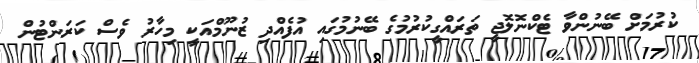
ކުރުމަށް ބޭނުންވާ ޓެކްނޮލޮޖީ ތަރައްގީކުރުމުގެ ބޭނުމުގައި އުފެއްދި ޒުނޫމްއަކީ މިހާރު ވެސް ކަރަންޓުން